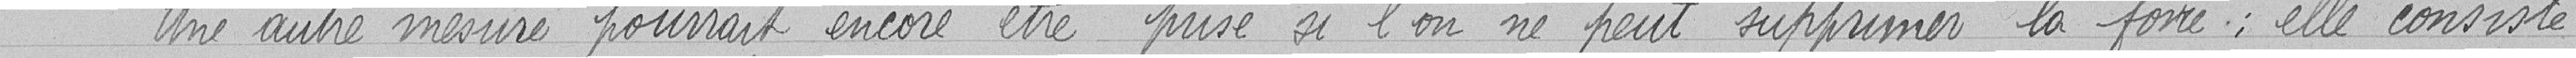
Une autre mesure pourrait encore être prise si l'on ne peut supprimer la foire ; elle consiste-